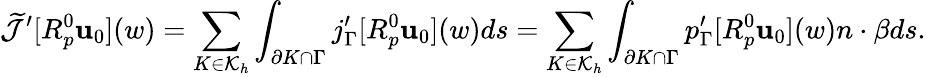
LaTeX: \widetilde{\mathcal{J}}^{\prime}[R_{p}^{0}\mathbf{u}_{0}](w)=\sum_{K\in\mathcal{K}_{h}}\int_{\partial K\cap\Gamma}j_{\Gamma}^{\prime}[R_{p}^{0}\mathbf{u}_{0}](w)ds=\sum_{K\in\mathcal{K}_{h}}\int_{\partial K\cap\Gamma}p_{\Gamma}^{\prime}[R_{p}^{0}\mathbf{u}_{0}](w)n\cdot\beta ds.